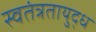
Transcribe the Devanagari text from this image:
स्वतंत्रतायुद्ध